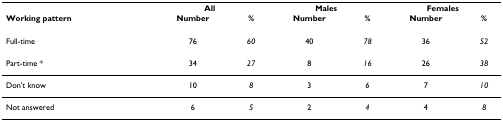
<table><thead><tr><td></td><td colspan="2"><b>All</b></td><td colspan="2"><b>Males</b></td><td colspan="2"><b>Females</b></td></tr><tr><td><b>Working pattern</b></td><td><b>Number</b></td><td><b>%</b></td><td><b>Number</b></td><td><b>%</b></td><td><b>Number</b></td><td><b>%</b></td></tr></thead><tbody><tr><td>Full-time</td><td>76</td><td><i>60</i></td><td>40</td><td><i>78</i></td><td>36</td><td><i>52</i></td></tr><tr><td>Part-time *</td><td>34</td><td><i>27</i></td><td>8</td><td><i>16</i></td><td>26</td><td><i>38</i></td></tr><tr><td>Don&#x27;t know</td><td>10</td><td><i>8</i></td><td>3</td><td><i>6</i></td><td>7</td><td><i>10</i></td></tr><tr><td>Not answered</td><td>6</td><td><i>5</i></td><td>2</td><td><i>4</i></td><td>4</td><td><i>8</i></td></tr></tbody></table>